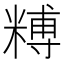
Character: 糐